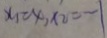
x _ { 1 } = x x _ { 2 } = - 1